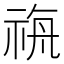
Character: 𮁼